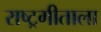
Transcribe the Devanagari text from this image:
राष्ट्रगीताला